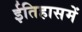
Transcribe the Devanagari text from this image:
ईतिहासमें